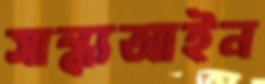
সান্ধ্যআইন